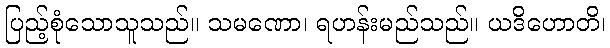
ပြည့်စုံသောသူသည်။ သမဏော၊ ရဟန်းမည်သည်။ ယဒိဟောတိ၊